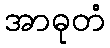
အာဓုတံ